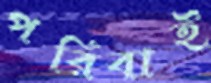
পরিবাই